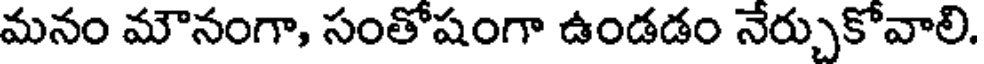
మనం మౌనంగా, సంతోషంగా ఉండడం నేర్చుకోవాలి.